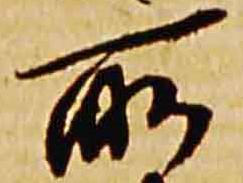
所